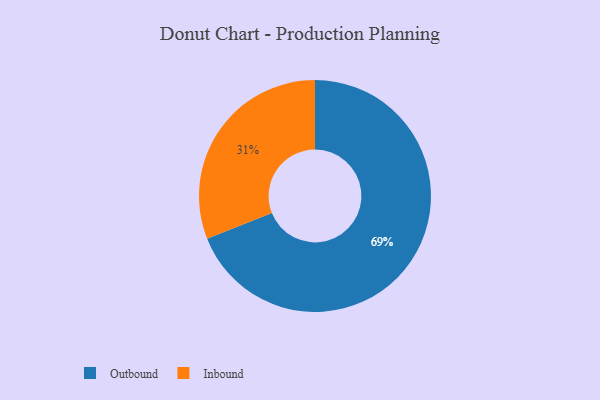
{"axis": {"x": "Category", "y": "Percentage"}, "legend": ["Inbound", "Outbound"], "data": [{"x": "Outbound", "y": 69, "type": "Outbound"}, {"x": "Inbound", "y": 31, "type": "Inbound"}]}